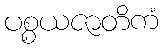
ပစ္စယဇာတိကံ